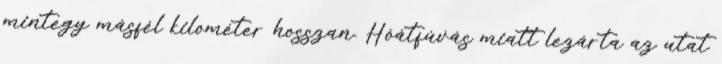
mintegy másfél kilométer hosszan. Hóátfúvás miatt lezárta az utat